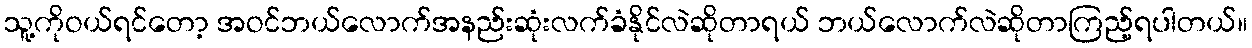
သူ့ကိုဝယ်ရင်တော့ အဝင်ဘယ်လောက်အနည်းဆုံးလက်ခံနိုင်လဲဆိုတာရယ် ဘယ်လောက်လဲဆိုတာကြည့်ရပါတယ်။